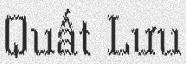
Quất Lưu